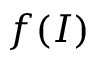
f ( I )